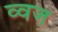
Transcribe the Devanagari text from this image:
व्वज